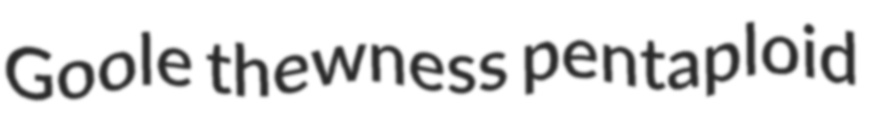
Goole thewness pentaploid